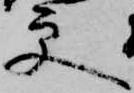
更